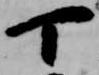
丁